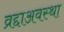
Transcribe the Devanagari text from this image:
व्रद्दाअवस्था